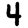
Digit: 4